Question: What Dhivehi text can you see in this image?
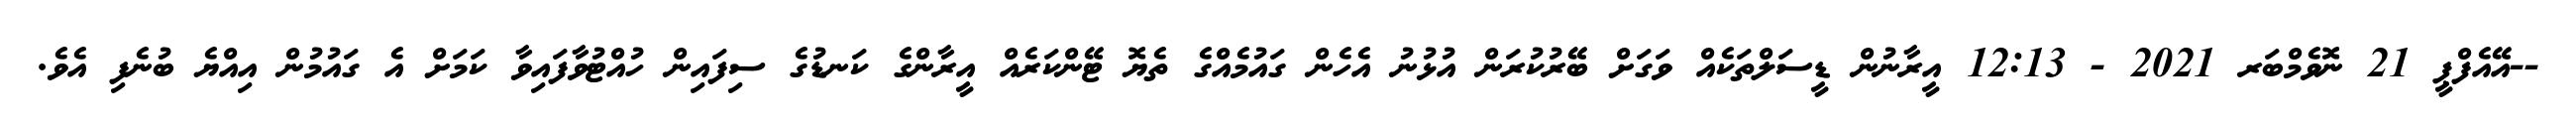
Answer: --އޭއެފްޕީ 21 ނޮވެމްބަރ 2021 - 12:13 އީރާނުން ޑީސަލްތަކެއް ވަގަށް ބޭރުކުރަން އުޅުނު އެހެން ގައުމެއްގެ ތެޔޮ ޓޭންކަރެއް އީރާންގެ ކަނޑުގެ ސިފައިން ހުއްޓުވާފައިވާ ކަމަށް އެ ގައުމުން އިއްޔެ ބުނެފި އެވެ.